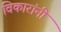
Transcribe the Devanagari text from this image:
विकारांनी